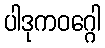
ပါဒုကဝဂ္ဂေါ